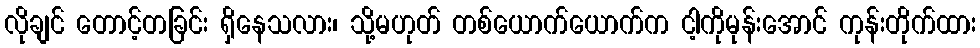
လိုချင် တောင့်တခြင်း ရှိနေသလား၊ သို့မဟုတ် တစ်ယောက်ယောက်က ငါ့ကိုမုန်းအောင် ကုန်းတိုက်ထား